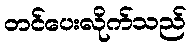
တင်ပေးလိုက်သည်